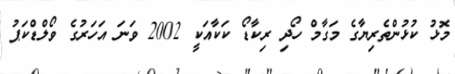
މޮޅު ކުޅުންތެރިޔާގެ މަގާމް ހޯދި ރިކާޑޯ ކަކާއަކީ 2002 ވަނަ އަހަރުގެ ވޯލްޑްކަޕު